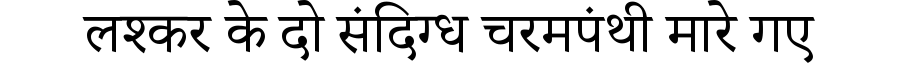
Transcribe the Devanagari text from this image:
लश्कर के दो संदिग्ध चरमपंथी मारे गए